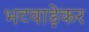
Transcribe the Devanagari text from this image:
भटवाड़ेकर